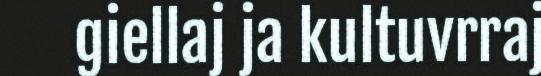
giellaj ja kultuvrraj